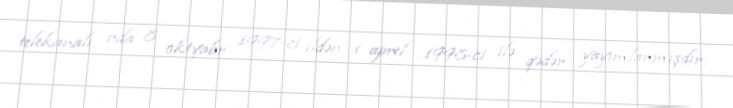
telekanalı nda 8 oktyabr 1997-ci ildən 1 aprel 1998-ci ilə qədər yayımlanmışdır.